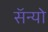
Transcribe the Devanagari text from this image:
सॅन्यो